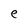
Character: e